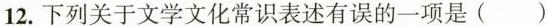
12.下列关于文学文化常识表述有误的一项是( )